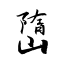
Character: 嶞